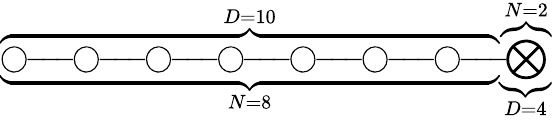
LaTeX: \underbrace{\overbrace{\bigcirc\! \! -\! \! \! -\! \! \! -\! \! \bigcirc\! \! -\! \! \! -\! \! \! -\! \! \bigcirc\! \! -\! \! \! -\! \! \! -\! \! \bigcirc\! \! -\! \! \! -\! \! \! -\! \! \bigcirc\! \! -\! \! \! -\! \! \! -\! \! \bigcirc\! \! -\! \! \! -\! \! \! -\! \! \bigcirc\! \! -\! \! \! -\! \! \! -\! \! }^{D=10}}_{N=8}\underbrace{\overbrace{\bigotimes}^{N=2}}_{D=4}